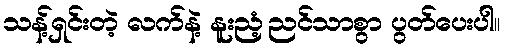
သန့်ရှင်းတဲ့ လက်နဲ့ နူးညံ့ညင်သာစွာ ပွတ်ပေးပါ။